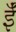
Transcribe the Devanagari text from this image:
ईँ